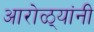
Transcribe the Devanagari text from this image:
आरोळ्यांनी